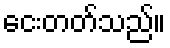
ငေးတတ်သည်။